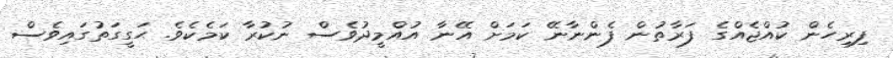
ފިރިހެން ކުއްޖެއްގެ ފަރާތުން ފެންނާނޭ ކަމަށް އޭނާ އުއްމީދުވެސް ނުކުރާ ކަމެކެވެ. ޙަގީގަތުގައިވެސް